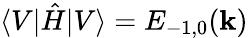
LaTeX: \langle V|\hat{H}|V\rangle=E_{-1,0}(\mathbf{k})